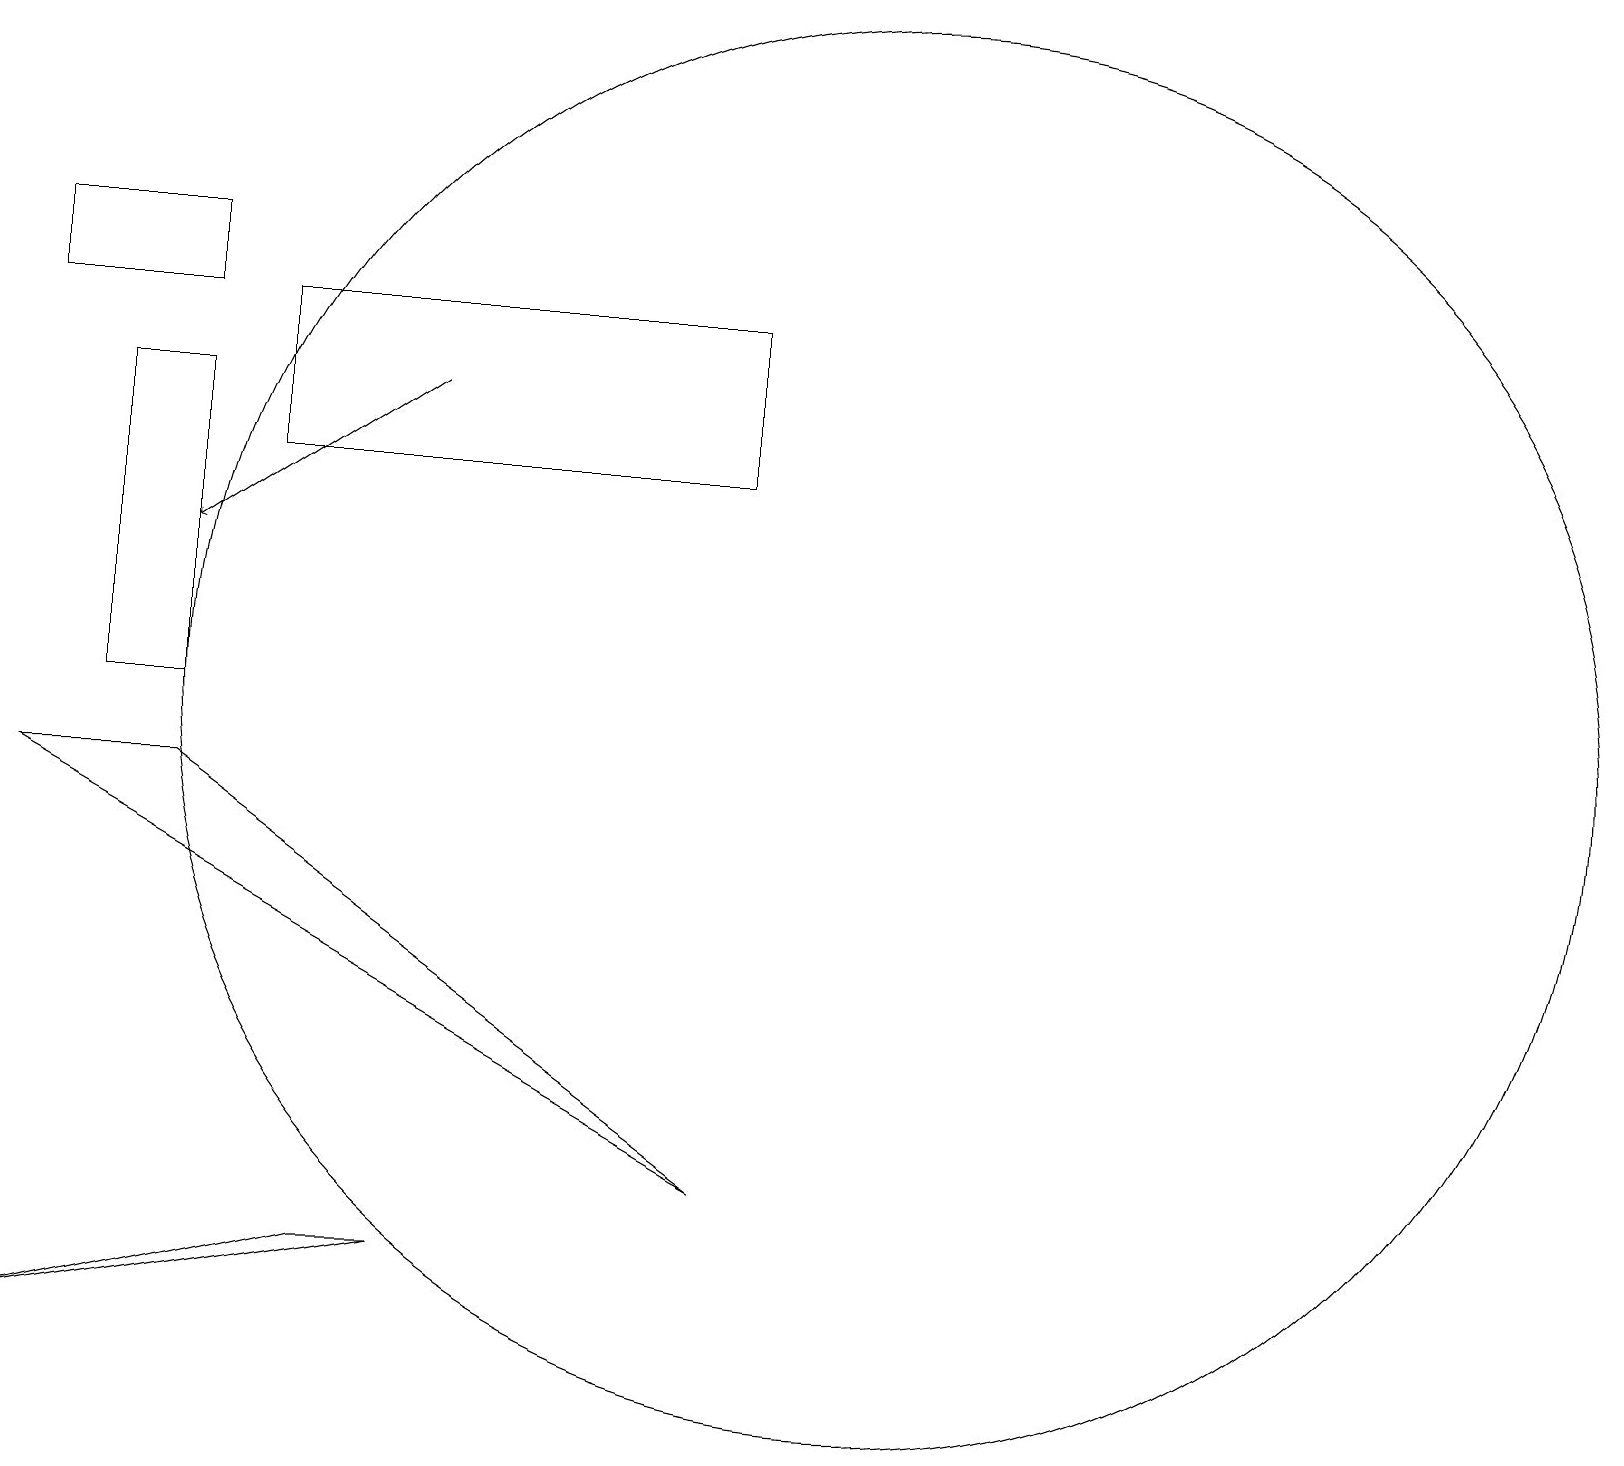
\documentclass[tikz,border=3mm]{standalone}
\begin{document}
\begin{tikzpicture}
\draw (9,4) -- (0,9) -- (2,9) -- cycle;
\draw (3,13) rectangle (9,15);
\draw (1,10) rectangle (2,14);
\draw (11,10) circle (9);
\draw (2,15) rectangle (0,16);
\draw[->] (5,14) -- (2,12);
\draw (4,3) -- (0,2) -- (5,3) -- cycle;
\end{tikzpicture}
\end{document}